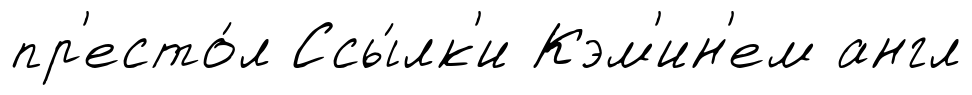
пр'есто́л Ссы́лк'и Кэм'ин'ем англ